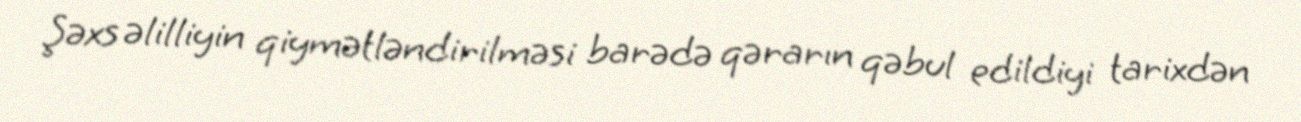
Şəxs əlilliyin qiymətləndirilməsi barədə qərarın qəbul edildiyi tarixdən